Leaving Certificate Examination (including Day School Certificate (Higher) General paper), 1929
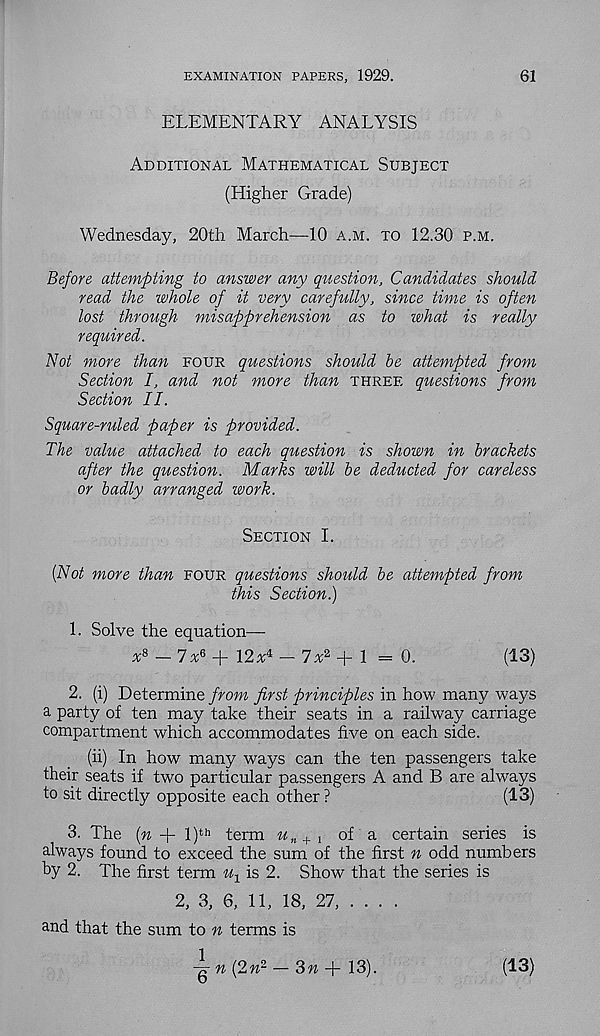
EXAMINATION PAPERS, 1929.
61
ELEMENTARY ANALYSIS
Additional Mathematical Subject
(Higher Grade)
Wednesday, 20th March—10 a.m. to 12.30 p.m.
Before attempting to answer any question. Candidates should
read the whole of it very carefully, since time is often
lost through misapprehension as to what is really
required.
Not more than four questions should be attempted from
Section I, and not more than three questions from
Section II.
Square-ruled paper is provided.
The value attached to each question is shown in brackets
after the question. Marks will be deducted for careless
or badly arranged work.
Section I.
{Not more than four questions should be attempted from
this Section.)
1. Solve the equation—
* 8 -7% 6 +12* 4 —7* 2 +1 = 0.
(13)
2. (i) Determine from first principles in how many ways
a party of ten may take their seats in a railway carriage
compartment which accommodates five on each side.
(ii) In how many ways can the ten passengers take
their seats if two particular passengers A and B are always
to sit directly opposite each other ?
(13)
3. The {n + l) th term u n+l of a certain series is
always found to exceed the sum of the first n odd numbers
by 2. The first term % is 2. Show that the series is
2, 3, 6, 11, 18, 27, ... .
and that the sum to n terms is
-g- n (2» 2 — 3» + 13).
(13)